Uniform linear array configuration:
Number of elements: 16
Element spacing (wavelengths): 1
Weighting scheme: cosine
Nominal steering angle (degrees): -45
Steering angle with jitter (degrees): -43.699
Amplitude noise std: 0.05
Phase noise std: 0.05

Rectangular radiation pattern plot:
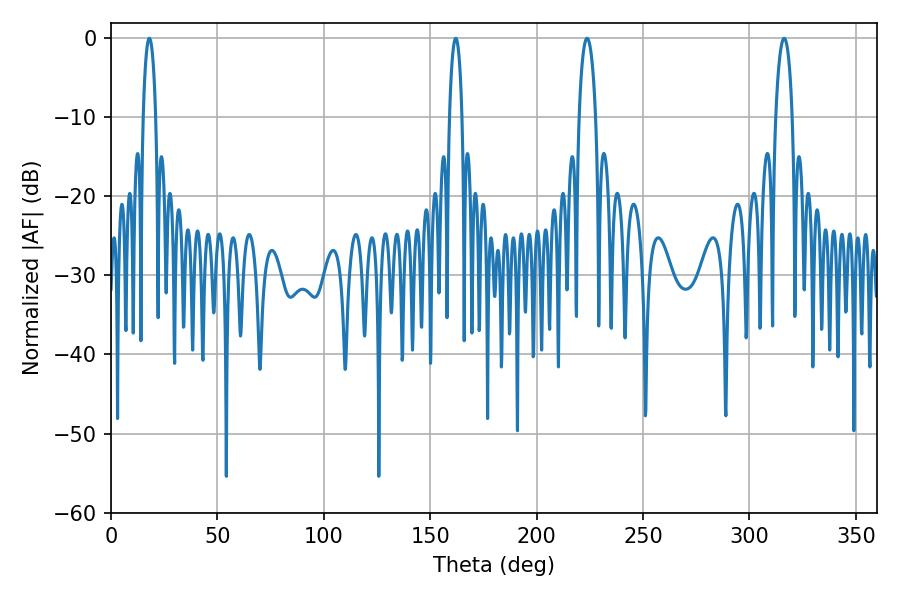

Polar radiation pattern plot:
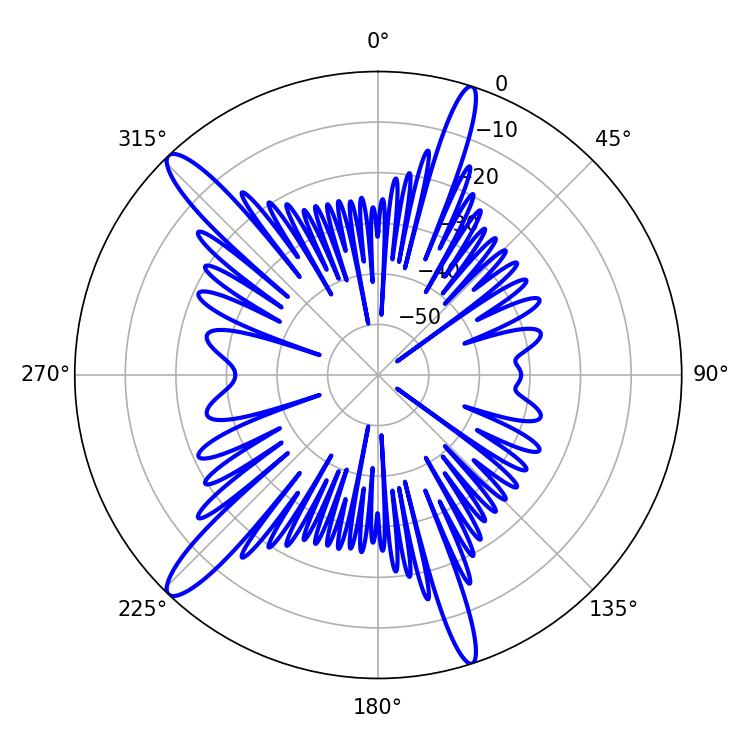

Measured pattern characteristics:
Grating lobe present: TRUE
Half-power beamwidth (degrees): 3.24
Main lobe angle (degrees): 18